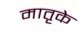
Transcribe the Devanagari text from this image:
मातृके